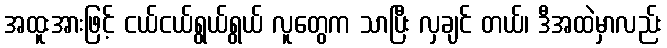
အထူးအားဖြင့် ငယ်ငယ်ရွယ်ရွယ် လူတွေက သာပြီး လှချင် တယ်၊ ဒီအထဲမှာလည်း